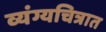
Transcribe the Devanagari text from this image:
व्यंग्यचित्रात